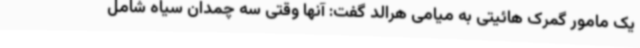
یک مامور گمرک هائیتی به میامی هرالد گفت: آنها وقتی سه چمدان سیاه شامل